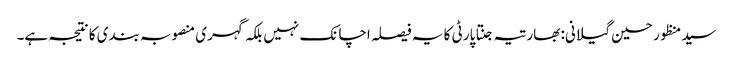
سید منظور حسین گیلانی: بھارتیہ جنتا پارٹی کا یہ فیصلہ اچانک نہیں بلکہ گہری منصوبہ بندی کا نتیجہ ہے۔